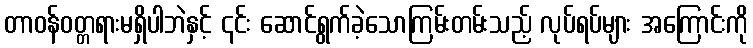
တာဝန်ဝတ္တရားမရှိပါဘဲနှင့် ၎င်း ဆောင်ရွက်ခဲ့သောကြမ်းတမ်းသည့် လုပ်ရပ်များ အကြောင်းကို